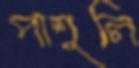
পাশুলি